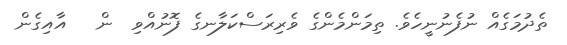
ތެދުމަގެއް ނުފެނުނީހެވެ. ތިމަންމެންގެ ވެރިރަސްކަލާނގެ ފޮނުއްވި  ން   އާއިގެން